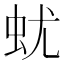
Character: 蚘